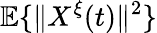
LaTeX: \mathbb{E}\{ \| X^{\xi}(t)\| ^{2}\}